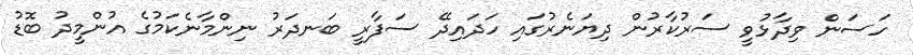
ހަސަން ވިދާޅުވީ ސަރުކާރުން ދިޔަނެރުގައި ހަދައިދޭ ސަފާރީ ބަނދަރު ނިންމާނެކަމުގެ އުންމީދު ބޮޑު